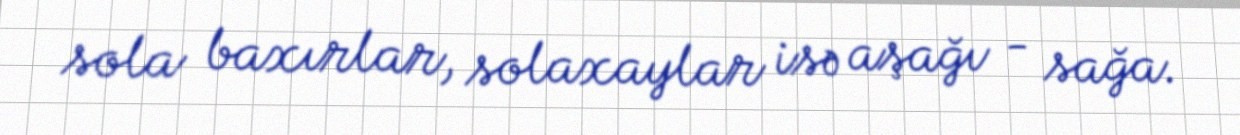
sola baxırlar, solaxaylar isə aşağı - sağa.